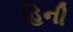
હિની